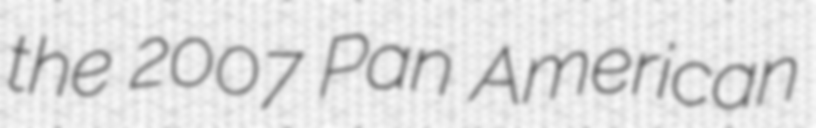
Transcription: the 2007 Pan American